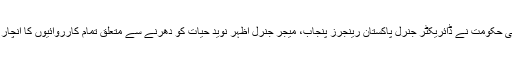
دوسری جانب وفاقی حکومت نے ڈائریکٹر جنرل پاکستان رینجرز پنجاب، میجر جنرل اظہر نوید حیات کو دھرنے سے متعلق تمام کارروائیوں کا انچارج مقرر کردیا ہے۔